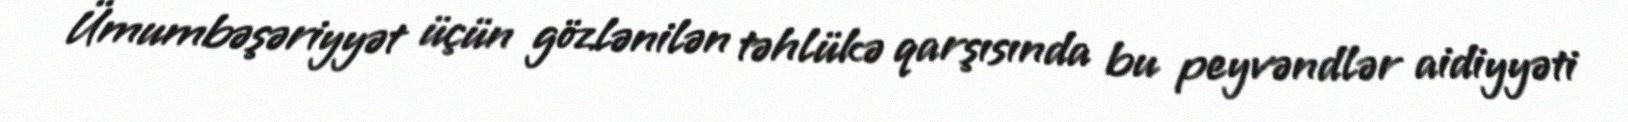
Ümumbəşəriyyət üçün gözlənilən təhlükə qarşısında bu peyvəndlər aidiyyəti